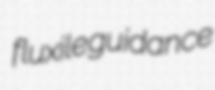
fluxile guidance